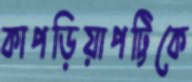
কাপড়িয়াপট্টিকে